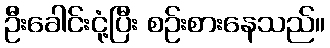
ဦးခေါင်းငုံ့ပြီး စဉ်းစားနေသည်။